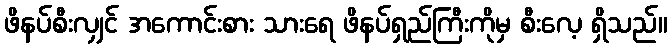
ဖိနပ်စီးလျှင် အကောင်းစား သားရေ ဖိနပ်ရှည်ကြီးကိုမှ စီးလေ့ ရှိသည်။